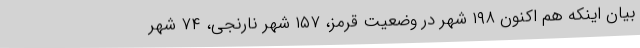
بیان اینکه هم اکنون ۱۹۸ شهر در وضعیت قرمز، ۱۵۷ شهر نارنجی، ۷۴ شهر